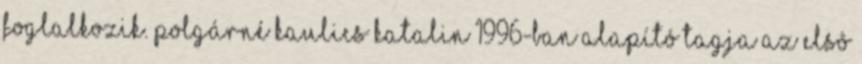
foglalkozik. Polgárné Kaulics Katalin 1996-ban alapító tagja az Elsô